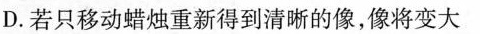
D.若只移动蜡烛重新得到清晰的像，像将变大